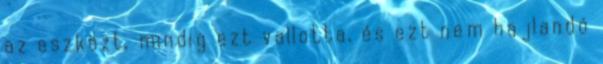
az eszközt, mindig ezt vallotta, és ezt nem hajlandó